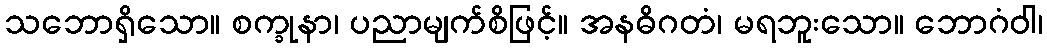
သဘောရှိသော။ စက္ခုနာ၊ ပညာမျက်စိဖြင့်။ အနဓိဂတံ၊ မရဘူးသော။ ဘောဂံဝါ၊